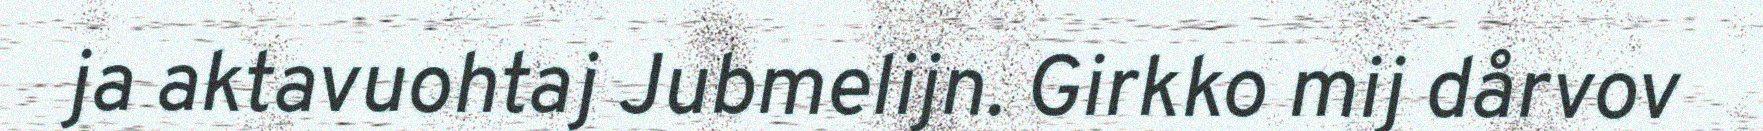
ja aktavuohtaj Jubmelijn. Girkko mij dårvov